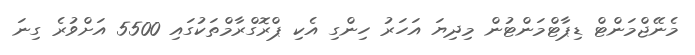
މެނޭޖްމަންޓް ޑިޕާޓްމަންޓުން މިދިޔަ އަހަރު ހިންގި އެކި ޕްރޮގްރާމްތަކުގައި 5500 އަށްވުރެ ގިނަ